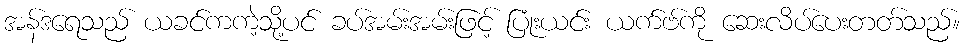
အန်ဒရေသည် ယခင်ကကဲ့သို့ပင် ခပ်အမ်းအမ်းဖြင့် ပြုံးယင်း ယက်ဗ်ကို ဆေးလိပ်ပေးတတ်သည်။